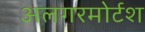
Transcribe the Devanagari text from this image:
अलगरमोर्टश